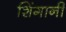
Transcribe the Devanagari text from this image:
शिंगानी